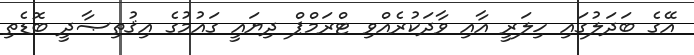
އޭގެ ބަދަލުގައި ހިލަރީ އާއި ވާދަކުރެއްވި ޓްރަމްޕް ދިޔައީ ގައުމުގެ އިޤުތިޞާދީ ބޮޑެތި